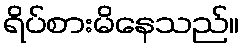
ရိပ်စားမိနေသည်။